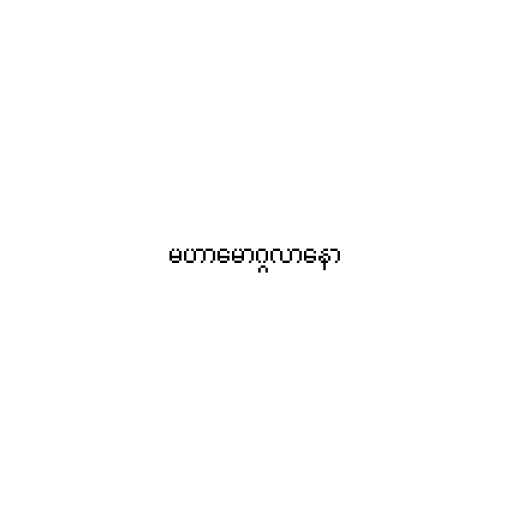
မဟာမောဂ္ဂလာနော